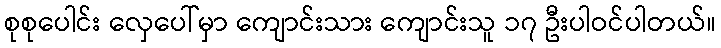
စုစုပေါင်း လှေပေါ်မှာ ကျောင်းသား ကျောင်းသူ ၁၇ ဦးပါဝင်ပါတယ်။